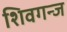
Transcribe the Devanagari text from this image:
शिवगन्ज